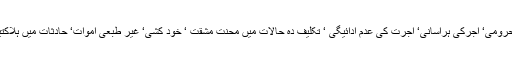
وقفہ وقفہ سے ان ورکرزکی روزگار سے محرومی‘ آجرکی ہراسانی‘ اجرت کی عدم ادائیگی ‘ تکلیف دہ حالات میں محنت مشقت ‘ خود کشی‘ غیر طبعی اموات‘ حادثات میں ہلاکتیں اورحراست کی خبریں پڑھنے کوملتی ہیں۔